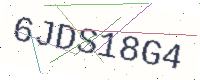
Text: 6JDS18G4